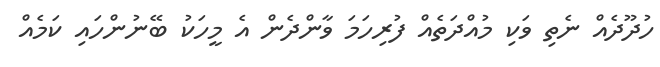
ހުދޫދެއް ނެތި ވަކި މުއްދަތެއް ފުރިހަމަ ވާންދެން އެ މީހަކު ބޭނުންހައި ކަމެއް